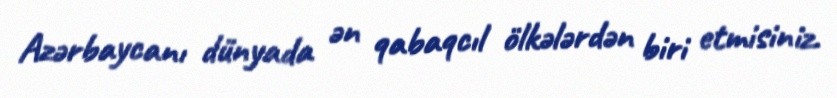
Azərbaycanı dünyada ən qabaqcıl ölkələrdən biri etmisiniz.